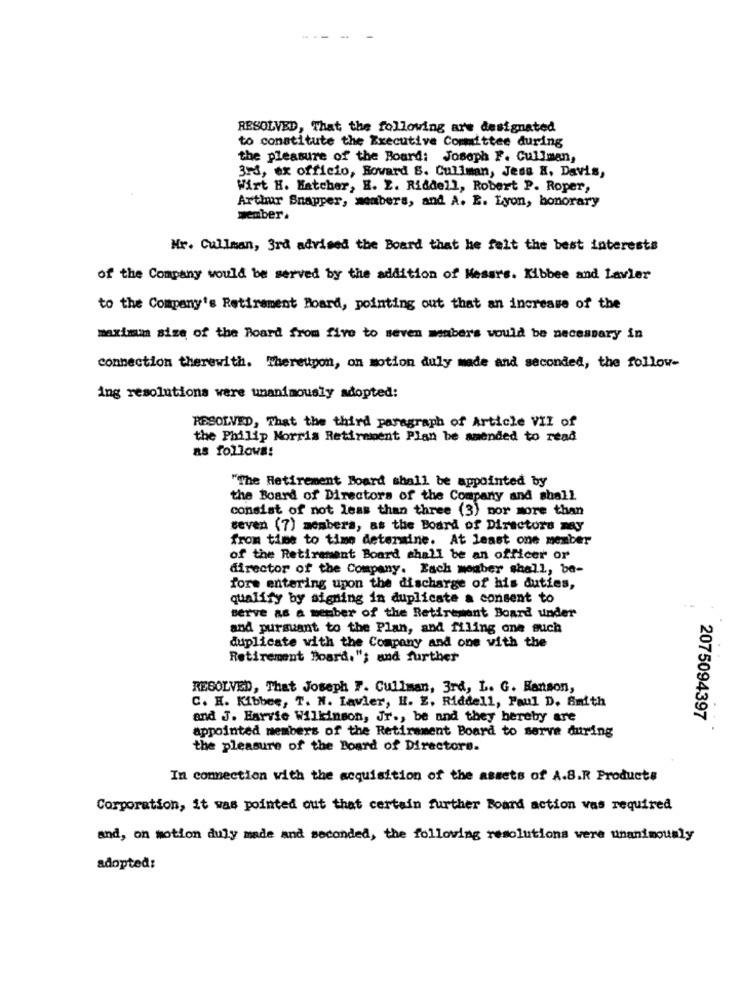
RESOLVED, That the following are designated
to constitute the Executive Committee during
the pleasure of the Board: Joseph F. Cullman,
398, ex officio, Rovard S. Cullman, Jess X, Davis,
Wirt H. Hatcher, H. L. Riddell, Robert P. Roper,
Arthur Snapper, members, and A. E. Lyon, honorary
member.
Mr. Cullman, 3rd advised the Board that he felt the best interests
of the Company would be served by the addition of Messrs. Kibbee and Lavler
to the Company's Retirement Board, pointing out that an increase of the
maximum size of the Board from five to seven members would be necessary in
connection therewith. Thereupon, on motion duly made and seconded, the follow-
ing resolutiona vere unanimously adopted:
RESOLVED, That the third paragraph of Article VII of
the Philip Morris Retirement Plan be amended to read
as follows:
"The Retirement Board shall be appointed by
the Board of Directors of the Company and shall
consist of not less than three (3) nor more than
seven (7) members, as the Board of Directors my
from time to time determine. At least one member
of the Retirement Board shall be an officer or
director of the Company. Each member shall, be-
fore entering upon the discharge of his duties,
qualify by signing in duplicate a consent to
serve as a member of the Retirement Board under
and pursuant to the Plan, and filing one such
duplicate with the Company and one with the
Retirement Board."; and further
RESOLVED, That Joseph F. Cullman, 3rd, L. G. Ranson,
C. H. Kibbee, T. N. Lavier, H. E. Riddell, Paul D. Smith
and J. Harvie Wilkinson, Jr ., be and they hereby are
2075094397
appointed members of the Retirement Board to serve during
the pleasure of the Board of Directors.
In connection with the acquisition of the assets of A.S.R Products
Corporation, it was pointed out that certain further Board action vas required
and, on motion duly made and seconded, the following resolutions were unanimously
adopted: